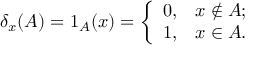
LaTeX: \delta _ { x } ( A ) = 1 _ { A } ( x ) = { \left\{ \begin{array} { l l } { 0 , } & { x \not \in A ; } \\ { 1 , } & { x \in A . } \end{array} \right. }